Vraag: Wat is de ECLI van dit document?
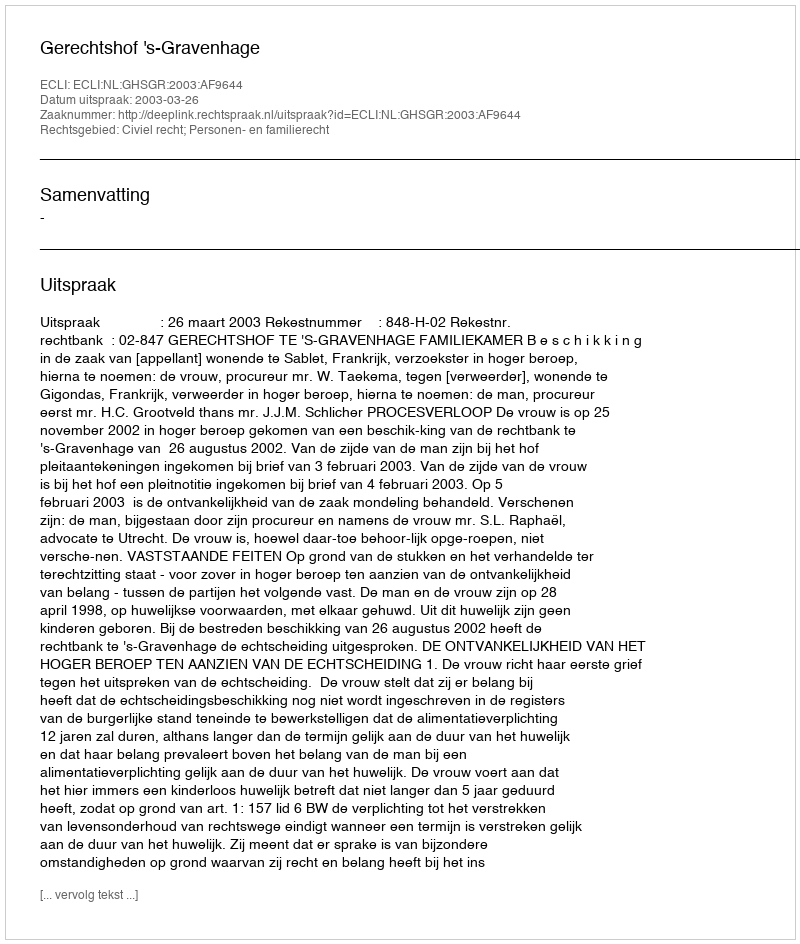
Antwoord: ECLI:NL:GHSGR:2003:AF9644